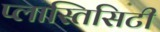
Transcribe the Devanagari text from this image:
प्लास्तिसिटी